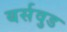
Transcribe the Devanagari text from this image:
बर्सवुड